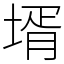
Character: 壻